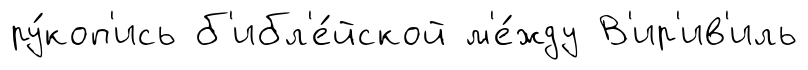
ру́коп'ись б'ибл'е́йской м'е́жду В'ир'ив'иль